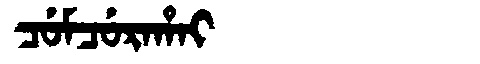
Manchu: ᠴᡠᠮᠴᡠᡵᠠᡥᠠᡳ
Romanization: CUMCURAHAI